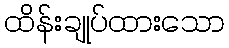
ထိန်းချုပ်ထားသော